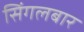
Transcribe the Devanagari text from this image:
सिंगलबार